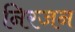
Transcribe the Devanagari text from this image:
निरजन